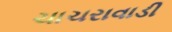
ચાચરાવાડી